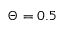
\Theta = 0 . 5